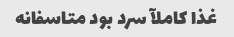
غذا کاملآ سرد بود متاسفانه